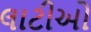
લાટીઓ